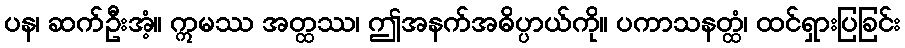
ပန၊ ဆက်ဦးအံ့။ ဣမဿ အတ္ထဿ၊ ဤအနက်အဓိပ္ပာယ်ကို။ ပကာသနတ္ထံ၊ ထင်ရှားပြခြင်း